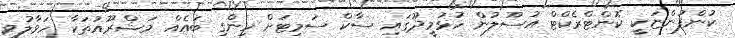
ކުންފުންޏަކީ ކޮންޓްރެކްޓް އުސޫލުން ހުޅުމީދޫގައި ސާކް ސަމިޓަށް ހިންގި ބައެއް މަޝްރޫއުތަކާ ހަވާލުވި